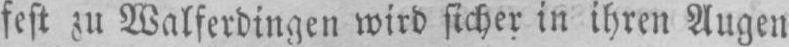
fest zu Walferdingen wird sicher in ihren Augen